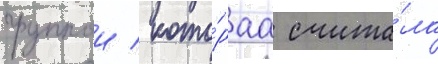
группои / кото́раа счита́ла